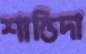
শান্তিদা